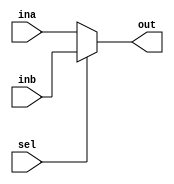
`timescale 1ns / 1ps
//////////////////////////////////////////////////////////////////////////////////
// Company: 
// Engineer: 
// 
// Design Name: 
// Module Name: MUX2to1
// Project Name: 
// Target Devices: 
// Tool Versions: 
// Description: 
// 
// Dependencies: 
// 
// Revision:
// Revision 0.01 - File Created
// Additional Comments:
// 
//////////////////////////////////////////////////////////////////////////////////


module MUX2to1 (ina, inb, sel, out);
    input [31:0] ina, inb;
    input sel;
    output reg [31:0] out;
    always @(*)
    begin 
    
    if (sel == 1)
        begin
        out <= inb;
        end
    else     
        out <= ina;
    end 
endmodule